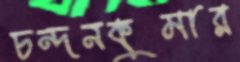
চন্দনকুমার